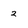
Character: 2